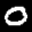
Label: 0